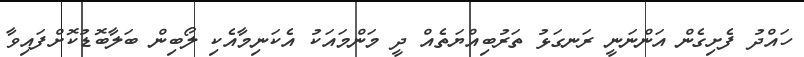
ހައްދު ފެށިގެން އަންނަނީ ރަނގަޅު ތަރުބިއްޔަތެއް ދީ މަންމައަކު އެކަނިމާއެކި ލޯބިން ބަލާބޮޑުކޮށްފައިވާ